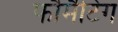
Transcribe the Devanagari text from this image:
फौर्मैटिंग